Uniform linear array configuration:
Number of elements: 4
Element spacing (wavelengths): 0.25
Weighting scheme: hann
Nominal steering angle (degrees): -15
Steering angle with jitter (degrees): -16.802
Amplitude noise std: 0.05
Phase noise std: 0.05

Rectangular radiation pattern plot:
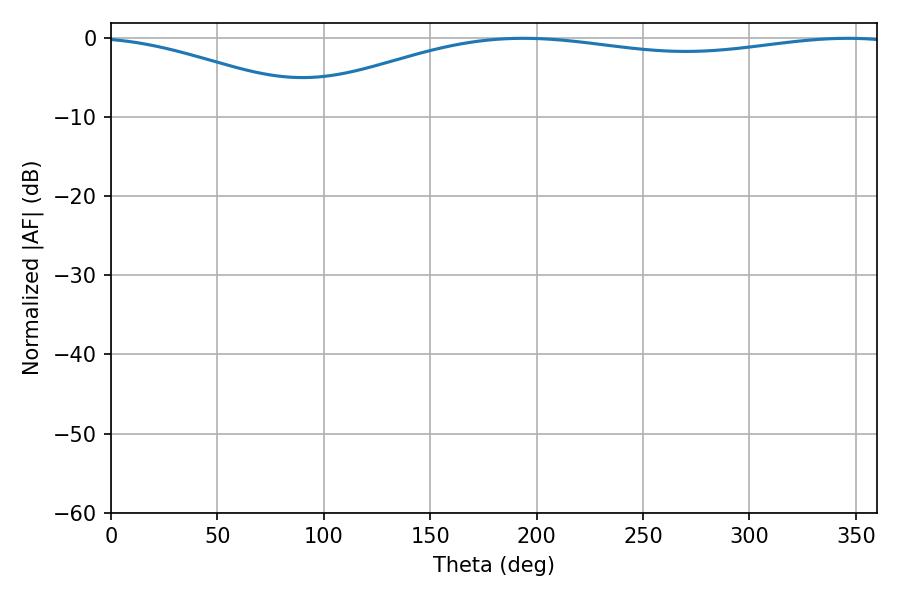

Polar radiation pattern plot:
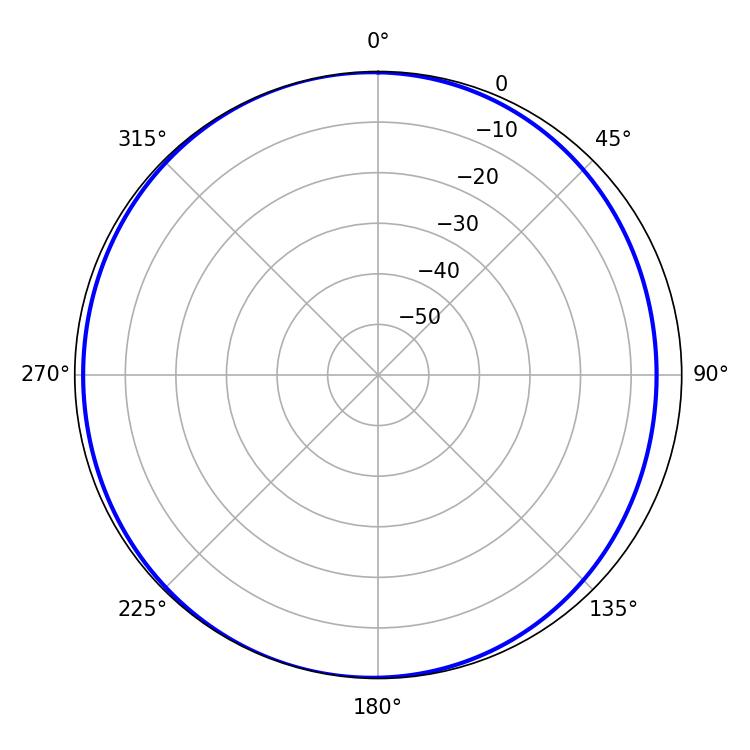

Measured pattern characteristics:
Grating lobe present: FALSE
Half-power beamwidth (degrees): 229.68
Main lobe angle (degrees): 346.32